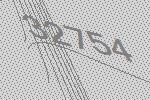
32754